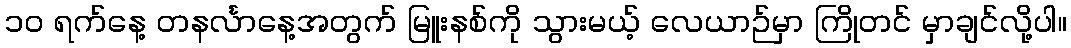
၁၀ ရက်နေ့ တနင်္လာနေ့အတွက် မြူးနစ်ကို သွားမယ့် လေယာဉ်မှာ ကြိုတင် မှာချင်လို့ပါ။